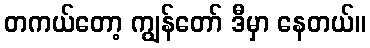
တကယ်တော့ ကျွန်တော် ဒီမှာ နေတယ်။